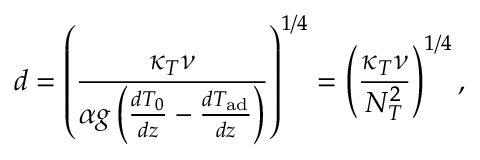
d = \left( \frac { \kappa _ { T } \nu } { \alpha g \left( \frac { d T _ { 0 } } { d z } - \frac { d T _ { \mathrm { a d } } } { d z } \right) } \right) ^ { 1 / 4 } = \left( \frac { \kappa _ { T } \nu } { N _ { T } ^ { 2 } } \right) ^ { 1 / 4 } ,